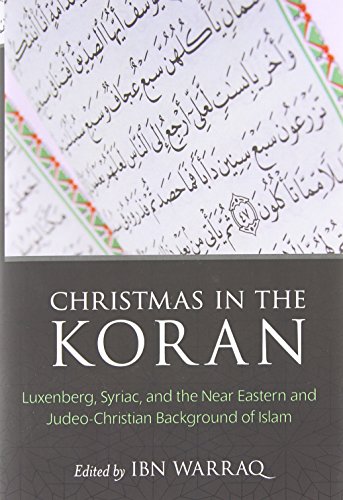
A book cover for Christmas in the Koran: Luxenberg, Syriac, and the Near Eastern and Judeo-Christian Background of Islam; Religion & Spirituality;